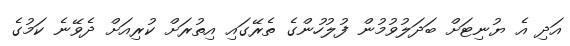
އަދި އެ ޔުނިޓަށް ބަދަލުވުމުން ފުލުހުންގެ ތެރޭގައި އިތުރަށް ކުރިއަށް ދެވޭނެ ކަމުގެ